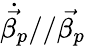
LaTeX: \dot{\vec{\beta_{p}}}//\vec{\beta_{p}}